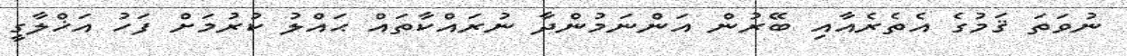
ނުވަތަ ޤަމުގެ އެތެރެއާއި ބޭރުން އަންނަމުންދާ ނުރައްކާތައް ޙައްލު ކުރުމަށް ފަހު އަޚްލާގީ